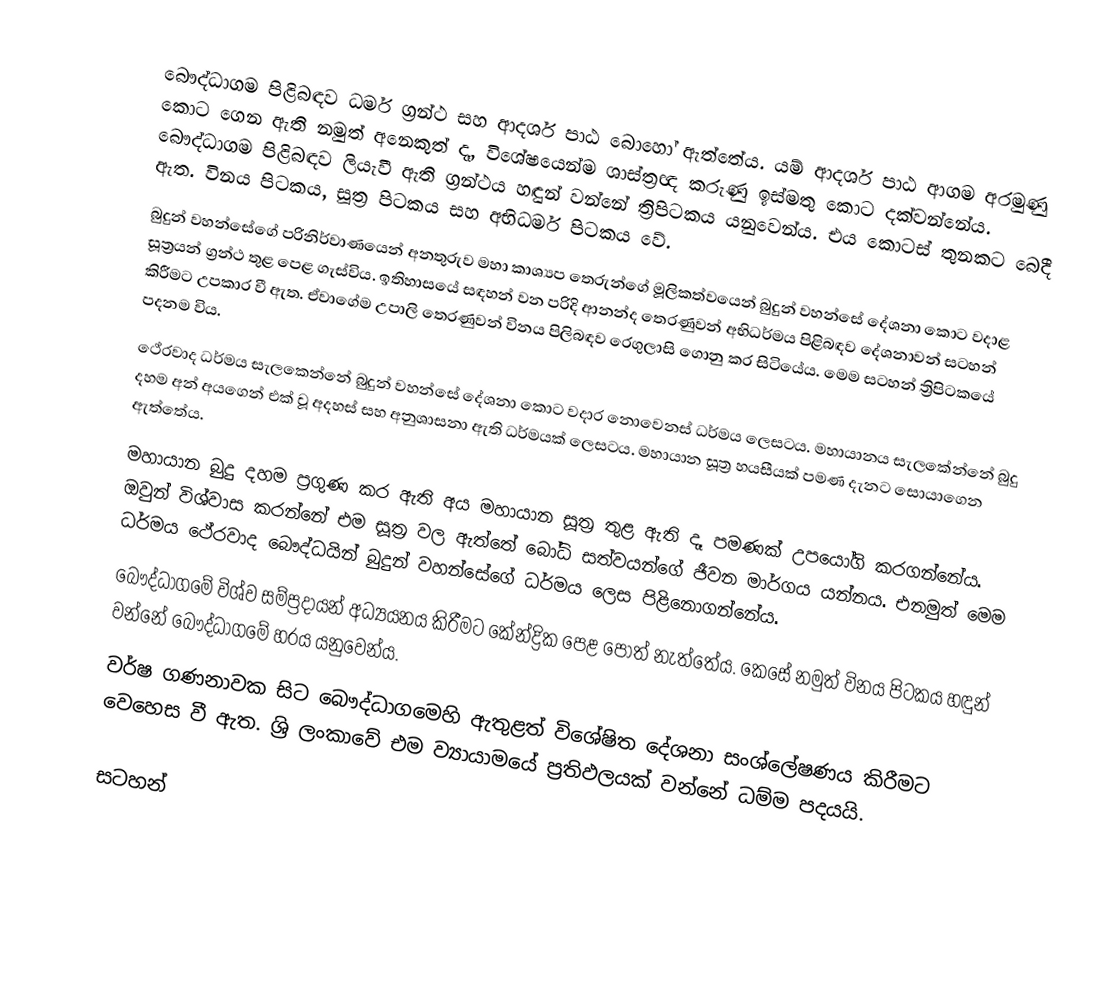
බෞද්ධාගම පිළිබඳව ධර්ම ග්‍රන්ථ සහ ආදර්ශ පාඨ බොහෝ ඇත්තේය.  යම් ආදර්ශ පාඨ ආගම අරමුණු කොට ගෙන ඇති නමුත් අනෙකුත් දෑ, විශේෂයෙන්ම ශාස්ත්‍රඥ කරුණු ඉස්මතු කොට දක්වන්නේය. බෞද්ධාගම පිළිබඳව ලියැවී ඇති ග්‍රන්ථය හඳුන් වන්නේ ත්‍රිපිටකය යනුවෙන්ය. එය කොටස් තුනකට බෙදී ඇත. විනය පිටකය, සූත්‍ර පිටකය සහ අභිධර්ම පිටකය වේ.
බුදුන් වහන්සේගේ පරිනිර්වාණයෙන් අනතුරුව මහා කාශ්‍යප තෙරුන්ගේ මූලිකත්වයෙන් බුදුන් වහන්සේ දේශනා කොට වදාළ සූත්‍රයන් ග්‍රන්ථ තුළ පෙළ ගැස්විය. ඉතිහාසයේ සඳහන් වන පරිදි ආනන්ද තෙරණුවන් අභිධර්මය පිළිබඳව දේශනාවන් සටහන් කිරීමට උපකාර වී ඇත. ඒවාගේම උපාලි තෙරණුවන් විනය පිලිබඳව රෙගුලාසි ගොනු කර සිටියේය. මෙම සටහන් ත්‍රිපිටකයේ පදනම විය.
ථේරවාද ධර්මය සැලකෙන්නේ බුදුන් වහන්සේ දේශනා කොට වදාර නොවෙනස් ධර්මය ලෙසටය. මහායානය සැලකේන්නේ බුදු දහම අන් අයගෙන් එක් වූ අදහස් සහ අනුශාසනා ඇති ධර්මයක් ලෙසටය. මහායාන සූත්‍ර හයසීයක් පමණ දැනට සොයාගෙන ඇත්තේය.
මහායාන බුදු දහම ප්‍රගුණ කර ඇති අය මහායාන සූත්‍ර තුළ ඇති දෑ පමණක් උපයෝගි කරගන්නේය. ඔවුන් විශ්වාස කරන්නේ එම සූත්‍ර වල ඇත්තේ බෝධි සත්වයන්ගේ ජීවන මාර්ගය යන්නය. එනමුත් මෙම ධර්මය ථේරවාද බෞද්ධයින් බුදුන් වහන්සේගේ ධර්මය ලෙස පිළිනොගන්නේය.
බෞද්ධාගමේ විශ්ව සම්ප්‍රදායන් අධ්‍යයනය කිරීමට කේන්ද්‍රික පෙළ පොත් නැත්තේය. කෙසේ නමුත් විනය පිටකය හඳුන් වන්නේ බෞද්ධාගමේ හරය යනුවෙන්ය.
වර්ෂ ගණනාවක සිට බෞද්ධාගමෙහි ඇතුළත් විශේෂිත දේශනා සංශ්ලේෂණය කිරීමට වෙහෙස වී ඇත. ශ්‍රි ලංකාවේ එම ව්‍යායාමයේ ප්‍රතිඵලයක් වන්නේ ධම්ම පදයයි.

සටහන්